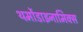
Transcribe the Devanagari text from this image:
थर्मोडाइनामिक्स